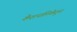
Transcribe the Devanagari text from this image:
केशनलिकेतून